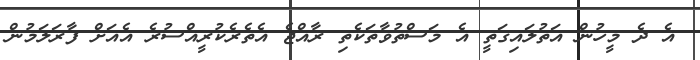
އެ ދެ މީހުން އަތުލައިގަތީ އެ މަސްތުވާތަކެތި ރާއްޖެ އެތެރެކުރީއްސުރެ އެއަށް ފާރަލަމުން